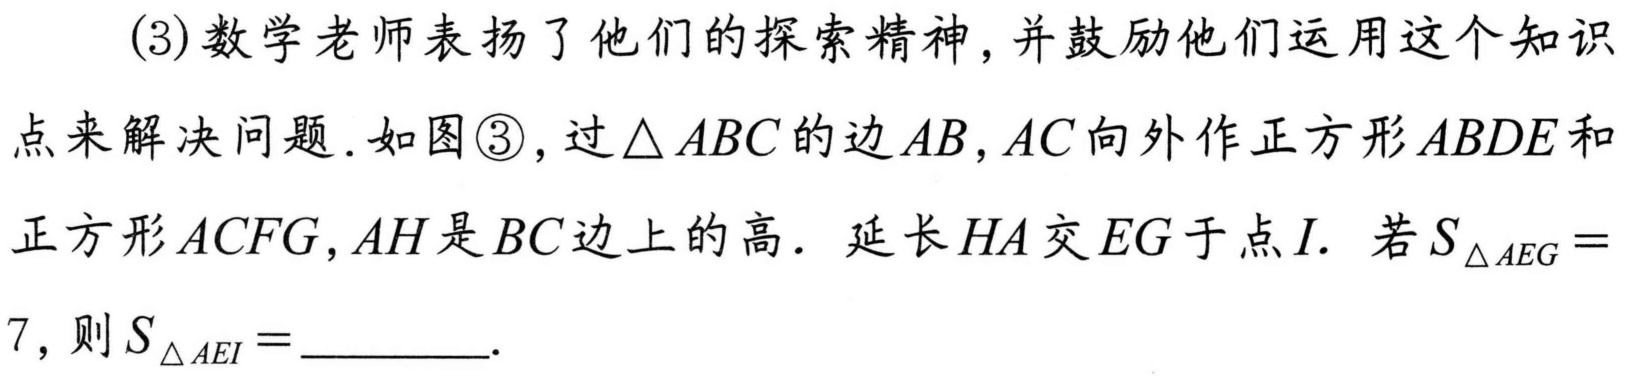
(3)数学老师表扬了他们的探索精神,并鼓励他们运用这个知识点来解决问题.如图\textcircled{3},过\(\triangle ABC\)的边\(AB\),\(AC\)向外作正方形\(ABDE\)和正方形\(ACFG\),\(AH\)是\(BC\)边上的高. 延长\(HA\)交\(EG\)于点\(I\). 若\(S_{\triangle AEG}=7\),则\(S_{\triangle AEI}=\underline{\quad\quad}\).